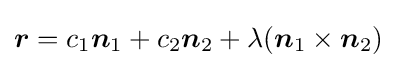
{\boldsymbol {r}}=c_{1}{\boldsymbol {n}}_{1}+c_{2}{\boldsymbol {n}}_{2}+\lambda ({\boldsymbol {n}}_{1}\times {\boldsymbol {n}}_{2})